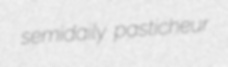
semidaily pasticheur